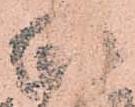
安